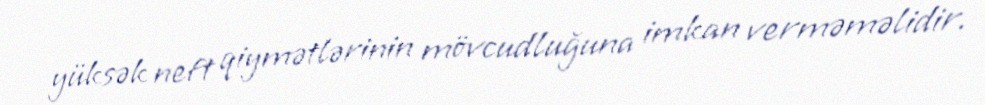
yüksək neft qiymətlərinin mövcudluğuna imkan verməməlidir.